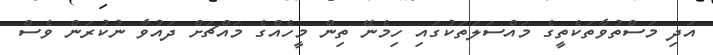
އަދި މަސްތުވާތަކެތީގެ މައްސަލަތަކުގައި ހިމެނޭ ތިން މީހެއްގެ މައްޗަށް ދައުވާ ނުކުރަން ވެސް